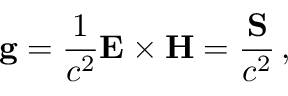
\mathbf { g } = { \frac { 1 } { c ^ { 2 } } } \mathbf { E } \times \mathbf { H } = { \frac { \mathbf { S } } { c ^ { 2 } } } \, ,